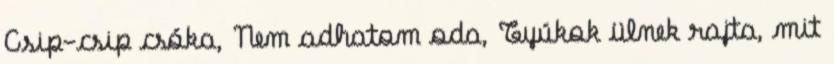
Csip-csip csóka, Nem adhatom oda, Tyúkok ülnek rajta, mit